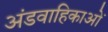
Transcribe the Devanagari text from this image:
अंडवाहिकाओं